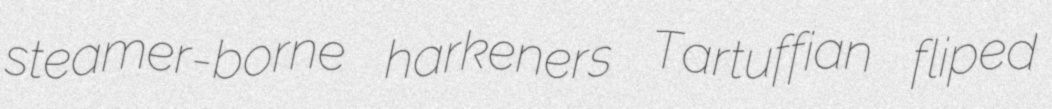
steamer-borne harkeners Tartuffian fliped